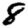
Digit: 8